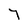
Character: 7